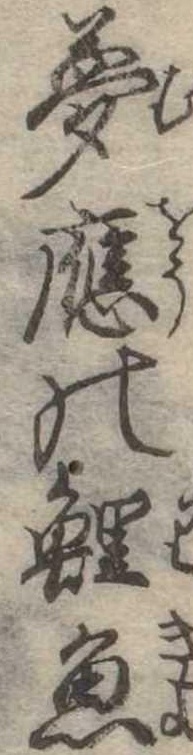
夢応の鯉魚